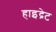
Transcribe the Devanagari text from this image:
हाइद्रेट